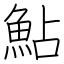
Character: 鮎